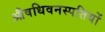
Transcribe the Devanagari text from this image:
औषधिवनस्पतियों